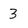
Character: 3